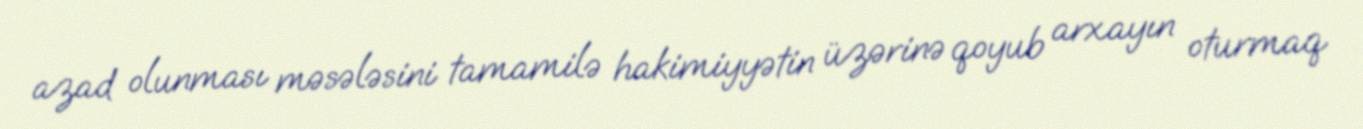
azad olunması məsələsini tamamilə hakimiyyətin üzərinə qoyub arxayın oturmaq